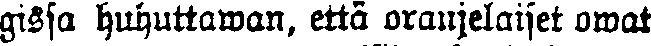
gissa huhuttawan. että oranjelaiset owat